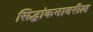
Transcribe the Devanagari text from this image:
सिद्धांकनावरील